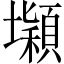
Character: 𡓡